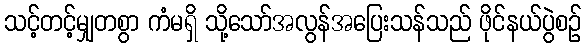
သင့်တင့်မျှတစွာ ကံမရှိ သို့သော်အလွန်အပြေးသန်သည် ဖိုင်နယ်ပွဲစဉ်